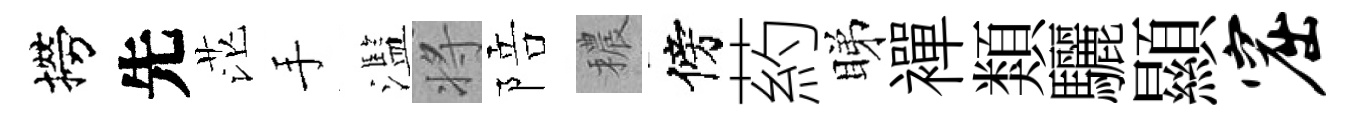
撈先茫手濫将陪穠傍葯睇襌類驪顯窟